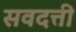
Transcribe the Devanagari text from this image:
सवदत्ती